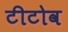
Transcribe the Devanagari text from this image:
टीटोव